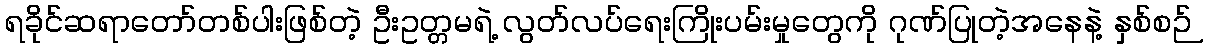
ရခိုင်ဆရာတော်တစ်ပါးဖြစ်တဲ့ ဦးဥတ္တမရဲ့ လွတ်လပ်ရေးကြိုးပမ်းမှုတွေကို ဂုဏ်ပြုတဲ့အနေနဲ့ နှစ်စဉ်